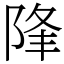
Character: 䧏